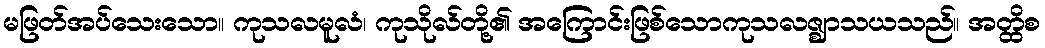
မဖြတ်အပ်သေးသော။ ကုသလမူလံ၊ ကုသိုလ်တို့၏ အကြောင်းဖြစ်သောကုသလဇ္ဈာသယသည်။ အတ္ထိစ